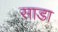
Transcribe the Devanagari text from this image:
साडा